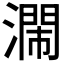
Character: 𣿸